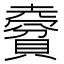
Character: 𧷨